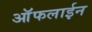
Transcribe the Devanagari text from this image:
आॅफलाईन